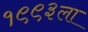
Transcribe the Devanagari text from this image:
१९९३ला